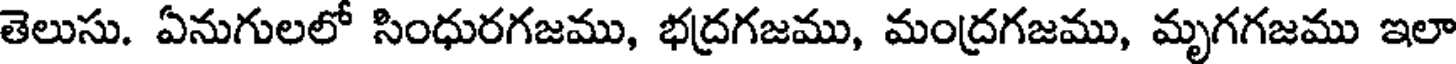
తెలుసు. ఏనుగులలో సింధురగజము, భద్రగజము, మంద్రగజము, మృగగజము ఇలా